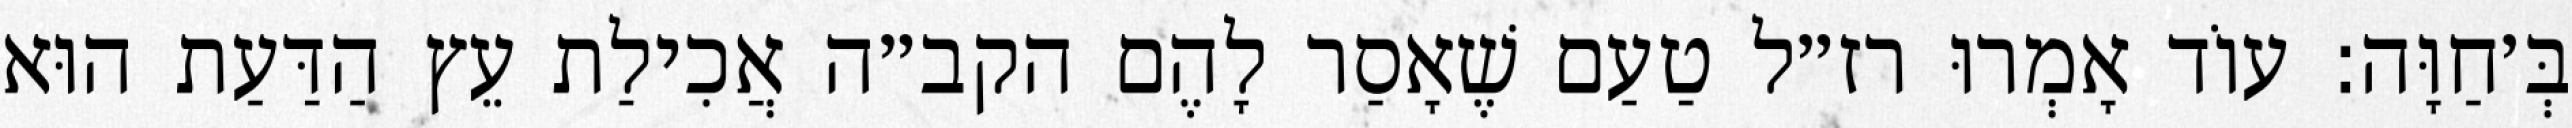
בְּ׳חַוָּה: עוֹד אָמְרוּ רז״ל טַעַם שֶׁאָסַר לָהֶם הקב״ה אֲכִילַת עֵץ הַדַּעַת הוּא